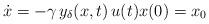
LaTeX: \begin{align*}\dot{x}= -\gamma \, y_\delta(x,t) \, u(t)x(0) = x_0\end{align*}